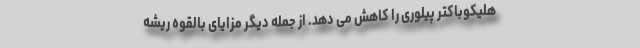
هلیکوباکتر پیلوری را کاهش می دهد. از جمله دیگر مزایای بالقوه ریشه